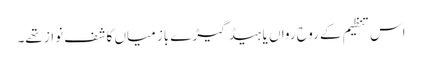
اس تنظیم کے روح رواں یا ہیڈ گیڑے باز میاں کاشف نواز تھے۔